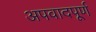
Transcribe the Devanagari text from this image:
अपवादपूर्ण